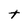
Character: t